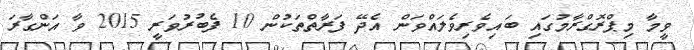
ވީމާ މިޕްރޮގްރާމުގައި ބައިވެރިވެލައްވަން އެދޭ ފަރާތްތަކުން 10 ފެބުރުވަރީީ 2015 ވާ އަންގާރަ